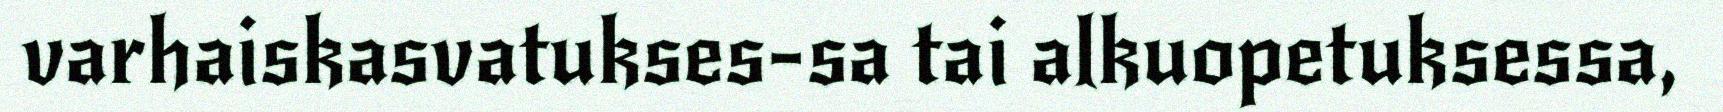
varhaiskasvatukses-sa tai alkuopetuksessa,